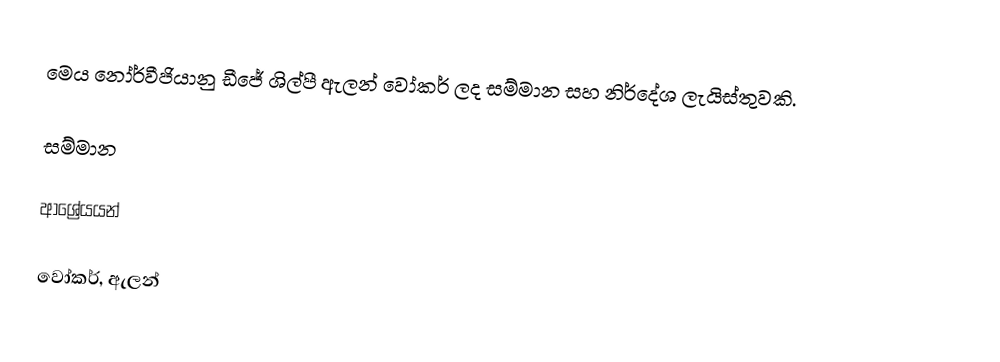
මෙය නෝර්වීජියානු ඩීජේ ශිල්පී ඇලන් වෝකර් ලද සම්මාන සහ නිර්දේශ ලැයිස්තුවකි.

සම්මාන

ආශ්‍රේයයන්

වෝකර්, ඇලන්